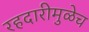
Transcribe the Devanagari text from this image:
रहदारीमुळेच